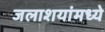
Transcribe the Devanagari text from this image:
जलाशयांमध्ये